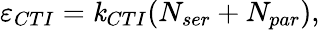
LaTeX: \varepsilon_{CTI}=\mathit{k}_{CTI}(N_{ser}+N_{par}),